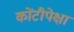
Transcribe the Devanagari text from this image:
कोंटीपेक्षा